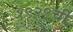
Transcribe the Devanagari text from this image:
१९२९ची